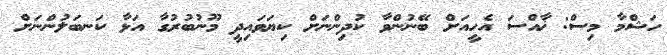
ހަޝްމާ މިސް: ޚާއްސަ އެހީއަށް ބޭނުންވާ ކުދިންނަށް ކިޔަވައިދީ މޫނުބުރުގާ އަޅާ ކަނބަލުންނަށް